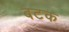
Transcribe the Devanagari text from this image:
बटक